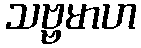
သဗ္ဗမာဟ